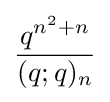
{\frac {q^{n^{2}+n}}{(q;q)_{n}}}